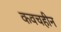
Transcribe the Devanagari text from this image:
कवचहीन